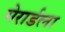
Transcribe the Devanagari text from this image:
गेरार्डला